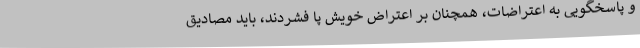
و پاسخگویی به اعتراضات، همچنان بر اعتراض خویش پا فشردند، باید مصادیق